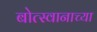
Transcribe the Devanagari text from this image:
बोत्स्वानाच्या